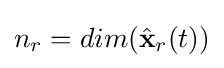
n_{r}=dim({\hat {\mathbf {x} }}_{r}(t))